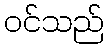
ဝင်သည်